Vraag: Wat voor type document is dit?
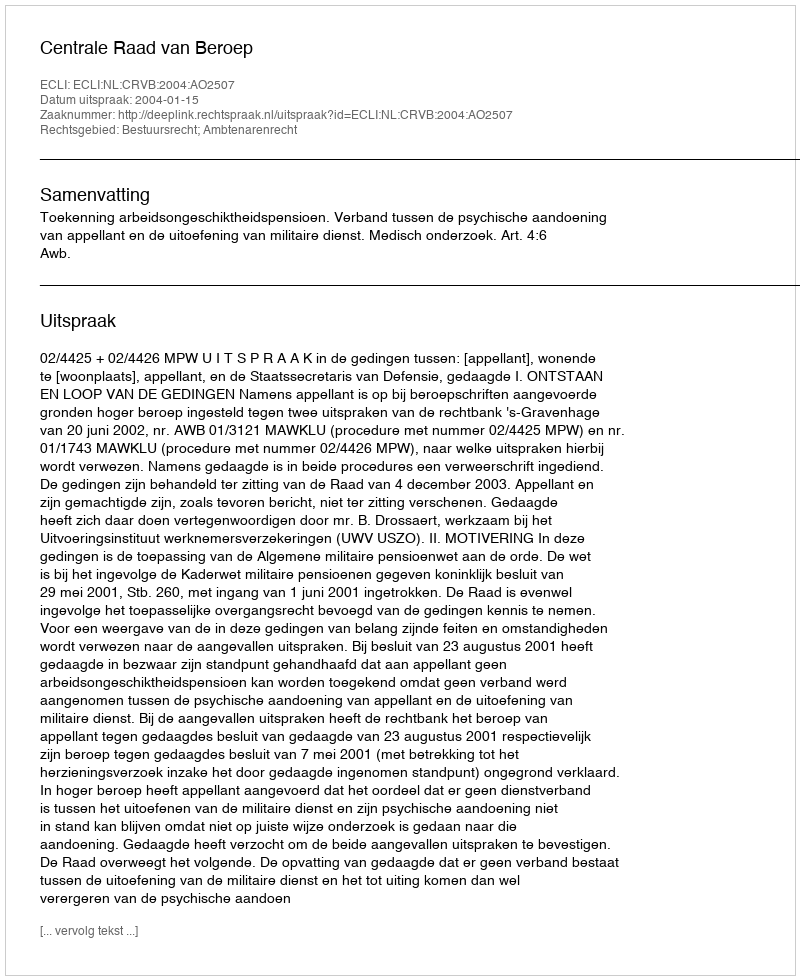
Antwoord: Uitspraak